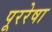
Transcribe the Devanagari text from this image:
पूररेषा